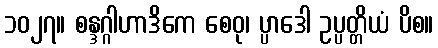
၁၀၂၇။ စန္ဒဂ္ဂါဟာဒိကေ စေဝု၊ ပ္ပာဒေါ ဥပ္ပတ္တိယံ ပိစ။